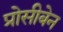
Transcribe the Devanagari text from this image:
प्रोसीबेन